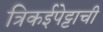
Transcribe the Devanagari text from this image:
त्रिकईपेट्टाची